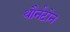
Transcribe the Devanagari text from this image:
थौर्नटोन